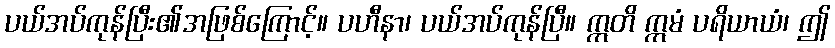
ပယ်အပ်ကုန်ပြီး၏အဖြစ်ကြောင့်။ ပဟီနာ၊ ပယ်အပ်ကုန်ပြီ။ ဣတိ ဣမံ ပရိယာယံ၊ ဤ